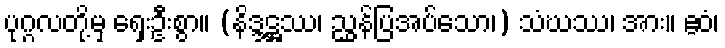
ပုဂ္ဂလတို့မှ ရှေးဦးစွာ။ (နိဒ္ဒဋ္ဌဿ၊ ညွှန်ပြအပ်သော၊) သံဃဿ၊ အား။ ဧဝံ၊